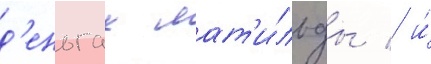
д'еньгах мат'и́льды / и́